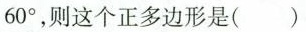
60°，则这个正多边形是( )